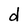
Character: d